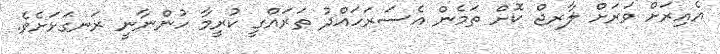
އެއިރަށް ވަރަށް ލާރޖް ކޮށް ތަމެން އެސަރަހައްދު ތަރައްގީ ކުރީމާ ހުންނާނީ ރަނގަޅަށެވެ.